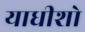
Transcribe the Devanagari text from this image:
याधीशो